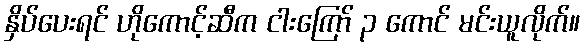
နှိပ်ပေးရင် ဟိုကောင့်ဆီက ငါးကြော် ၃ ကောင် မင်းယူလိုက်။